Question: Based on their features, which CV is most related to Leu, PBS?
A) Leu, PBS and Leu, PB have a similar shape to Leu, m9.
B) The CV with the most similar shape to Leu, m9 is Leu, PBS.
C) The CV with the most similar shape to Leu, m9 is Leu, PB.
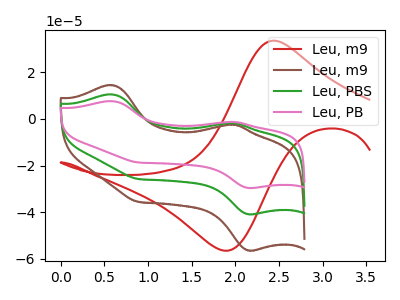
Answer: <think>The red curve "Leu, m9" has an anodic peak at (2.45V, 33.50uA) and a cathodic peak at (1.85V, -56.45uA). The brown curve "Leu, m9" has anodic peaks at (0.60V, 14.50uA) (2.00V, -2.45uA) and cathodic peaks at (2.15V, -56.40uA) (0.90V, -35.55uA). The green curve "Leu, PBS" has anodic peaks at (0.60V, 10.50uA) (2.00V, -1.75uA) and cathodic peaks at (2.15V, -40.85uA) (0.90V, -25.75uA). The pink curve "Leu, PB" has anodic peaks at (0.60V, 21.05uA) (2.00V, -3.50uA) and cathodic peaks at (2.15V, -81.70uA) (0.90V, -51.55uA).
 "Leu, m9" and "Leu, m9" have a different number of peaks. "Leu, m9" and "Leu, PBS" have a different number of peaks. "Leu, m9" and "Leu, PB" have a different number of peaks. All the peaks in "Leu, m9" have a peak in "Leu, PBS" at the same potential. All the peaks in "Leu, m9" have a peak in "Leu, PB" at the same potential. All the peaks in "Leu, PBS" have a peak in "Leu, PB" at the same potential.</think>
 <answer>A) "Leu, PBS" and "Leu, PB" have a similar shape to "Leu, m9".</answer>
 <eval>A</eval>